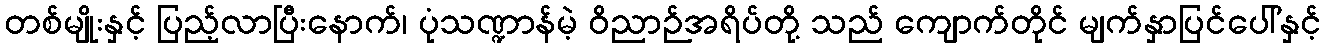
တစ်မျိုးနှင့် ပြည့်လာပြီးနောက်၊ ပုံသဏ္ဍာန်မဲ့ ဝိညာဉ်အရိပ်တို့ သည် ကျောက်တိုင် မျက်နှာပြင်ပေါ်နှင့်